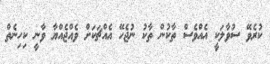
ކުރެވޭ ސުވާލަކީ އެއްވެސް ތާކުން ތާކު ނުޖެހޭ އެއްޗަކަށް ވެއްޖެއްޔާ ވާނީ ކިހިނެތް